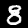
Digit: 8